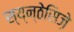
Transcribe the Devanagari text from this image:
स्य्न्ठेसिज़े